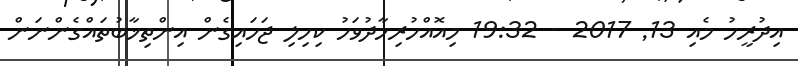
އިދުރީހު މެއި 13